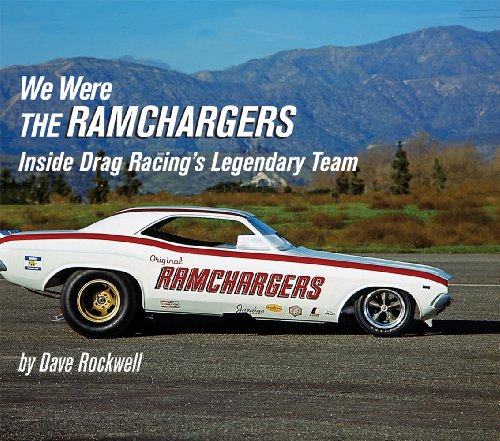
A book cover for We Were the Ramchargers: Inside Drag Racing's Legendary Team (Premiere Series Books); David G. Rockwell; Engineering & Transportation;